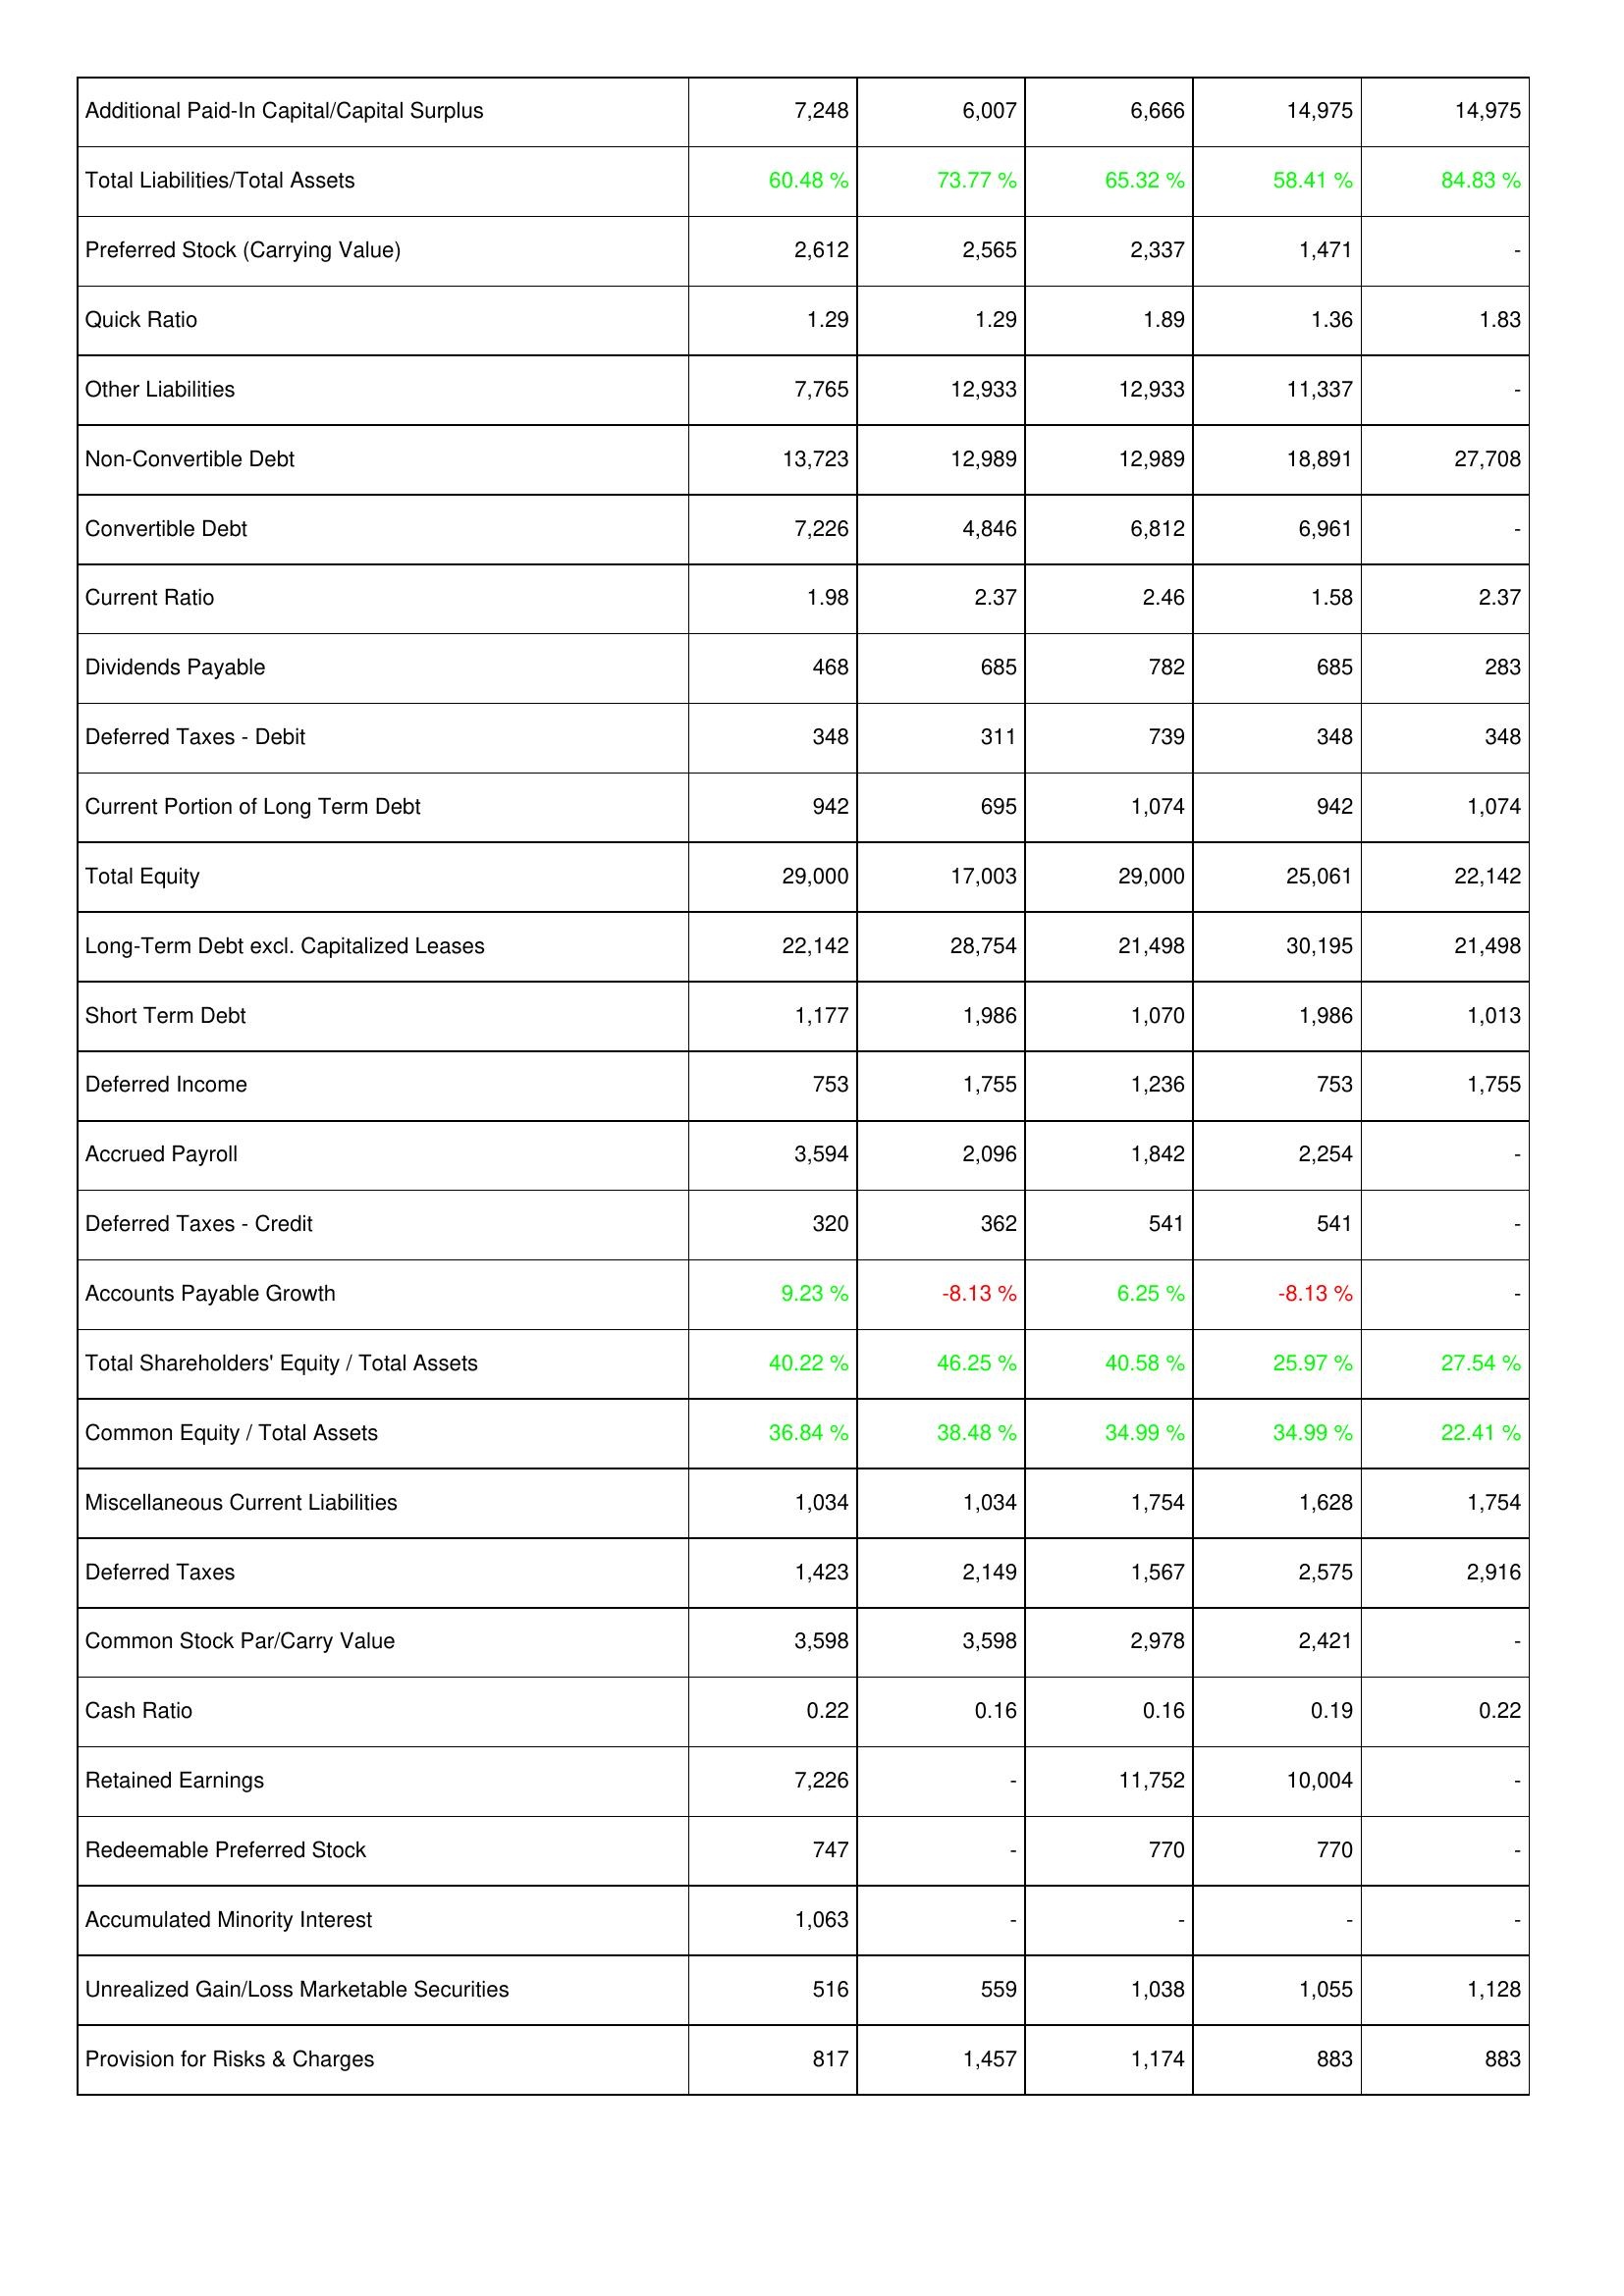
2018: Liabilities & Shareholders' Equity: Additional Paid-In Capital/Capital Surplus: 7,248
Total Liabilities/Total Assets: 60.48 %
Preferred Stock (Carrying Value): 2,612
Quick Ratio: 1.29
Other Liabilities: 7,765
Non-Convertible Debt: 13,723
Convertible Debt: 7,226
Current Ratio: 1.98
Dividends Payable: 468
Deferred Taxes - Debit: 348
Current Portion of Long Term Debt: 942
Total Equity: 29,000
Long-Term Debt excl. Capitalized Leases: 22,142
Short Term Debt: 1,177
Deferred Income: 753
Accrued Payroll: 3,594
Deferred Taxes - Credit: 320
Accounts Payable Growth: 9.23 %
Total Shareholders' Equity / Total Assets: 40.22 %
Common Equity / Total Assets: 36.84 %
Miscellaneous Current Liabilities: 1,034
Deferred Taxes: 1,423
Common Stock Par/Carry Value: 3,598
Cash Ratio: 0.22
Retained Earnings: 7,226
Redeemable Preferred Stock: 747
Accumulated Minority Interest: 1,063
Unrealized Gain/Loss Marketable Securities: 516
Provision for Risks & Charges: 817
2019: Liabilities & Shareholders' Equity: Additional Paid-In Capital/Capital Surplus: 6,007
Total Liabilities/Total Assets: 73.77 %
Preferred Stock (Carrying Value): 2,565
Quick Ratio: 1.29
Other Liabilities: 12,933
Non-Convertible Debt: 12,989
Convertible Debt: 4,846
Current Ratio: 2.37
Dividends Payable: 685
Deferred Taxes - Debit: 311
Current Portion of Long Term Debt: 695
Total Equity: 17,003
Long-Term Debt excl. Capitalized Leases: 28,754
Short Term Debt: 1,986
Deferred Income: 1,755
Accrued Payroll: 2,096
Deferred Taxes - Credit: 362
Accounts Payable Growth: -8.13 %
Total Shareholders' Equity / Total Assets: 46.25 %
Common Equity / Total Assets: 38.48 %
Miscellaneous Current Liabilities: 1,034
Deferred Taxes: 2,149
Common Stock Par/Carry Value: 3,598
Cash Ratio: 0.16
Retained Earnings: -
Redeemable Preferred Stock: -
Accumulated Minority Interest: -
Unrealized Gain/Loss Marketable Securities: 559
Provision for Risks & Charges: 1,457
2020: Liabilities & Shareholders' Equity: Additional Paid-In Capital/Capital Surplus: 6,666
Total Liabilities/Total Assets: 65.32 %
Preferred Stock (Carrying Value): 2,337
Quick Ratio: 1.89
Other Liabilities: 12,933
Non-Convertible Debt: 12,989
Convertible Debt: 6,812
Current Ratio: 2.46
Dividends Payable: 782
Deferred Taxes - Debit: 739
Current Portion of Long Term Debt: 1,074
Total Equity: 29,000
Long-Term Debt excl. Capitalized Leases: 21,498
Short Term Debt: 1,070
Deferred Income: 1,236
Accrued Payroll: 1,842
Deferred Taxes - Credit: 541
Accounts Payable Growth: 6.25 %
Total Shareholders' Equity / Total Assets: 40.58 %
Common Equity / Total Assets: 34.99 %
Miscellaneous Current Liabilities: 1,754
Deferred Taxes: 1,567
Common Stock Par/Carry Value: 2,978
Cash Ratio: 0.16
Retained Earnings: 11,752
Redeemable Preferred Stock: 770
Accumulated Minority Interest: -
Unrealized Gain/Loss Marketable Securities: 1,038
Provision for Risks & Charges: 1,174
2021: Liabilities & Shareholders' Equity: Additional Paid-In Capital/Capital Surplus: 14,975
Total Liabilities/Total Assets: 58.41 %
Preferred Stock (Carrying Value): 1,471
Quick Ratio: 1.36
Other Liabilities: 11,337
Non-Convertible Debt: 18,891
Convertible Debt: 6,961
Current Ratio: 1.58
Dividends Payable: 685
Deferred Taxes - Debit: 348
Current Portion of Long Term Debt: 942
Total Equity: 25,061
Long-Term Debt excl. Capitalized Leases: 30,195
Short Term Debt: 1,986
Deferred Income: 753
Accrued Payroll: 2,254
Deferred Taxes - Credit: 541
Accounts Payable Growth: -8.13 %
Total Shareholders' Equity / Total Assets: 25.97 %
Common Equity / Total Assets: 34.99 %
Miscellaneous Current Liabilities: 1,628
Deferred Taxes: 2,575
Common Stock Par/Carry Value: 2,421
Cash Ratio: 0.19
Retained Earnings: 10,004
Redeemable Preferred Stock: 770
Accumulated Minority Interest: -
Unrealized Gain/Loss Marketable Securities: 1,055
Provision for Risks & Charges: 883
2022: Liabilities & Shareholders' Equity: Additional Paid-In Capital/Capital Surplus: 14,975
Total Liabilities/Total Assets: 84.83 %
Preferred Stock (Carrying Value): -
Quick Ratio: 1.83
Other Liabilities: -
Non-Convertible Debt: 27,708
Convertible Debt: -
Current Ratio: 2.37
Dividends Payable: 283
Deferred Taxes - Debit: 348
Current Portion of Long Term Debt: 1,074
Total Equity: 22,142
Long-Term Debt excl. Capitalized Leases: 21,498
Short Term Debt: 1,013
Deferred Income: 1,755
Accrued Payroll: -
Deferred Taxes - Credit: -
Accounts Payable Growth: -
Total Shareholders' Equity / Total Assets: 27.54 %
Common Equity / Total Assets: 22.41 %
Miscellaneous Current Liabilities: 1,754
Deferred Taxes: 2,916
Common Stock Par/Carry Value: -
Cash Ratio: 0.22
Retained Earnings: -
Redeemable Preferred Stock: -
Accumulated Minority Interest: -
Unrealized Gain/Loss Marketable Securities: 1,128
Provision for Risks & Charges: 883